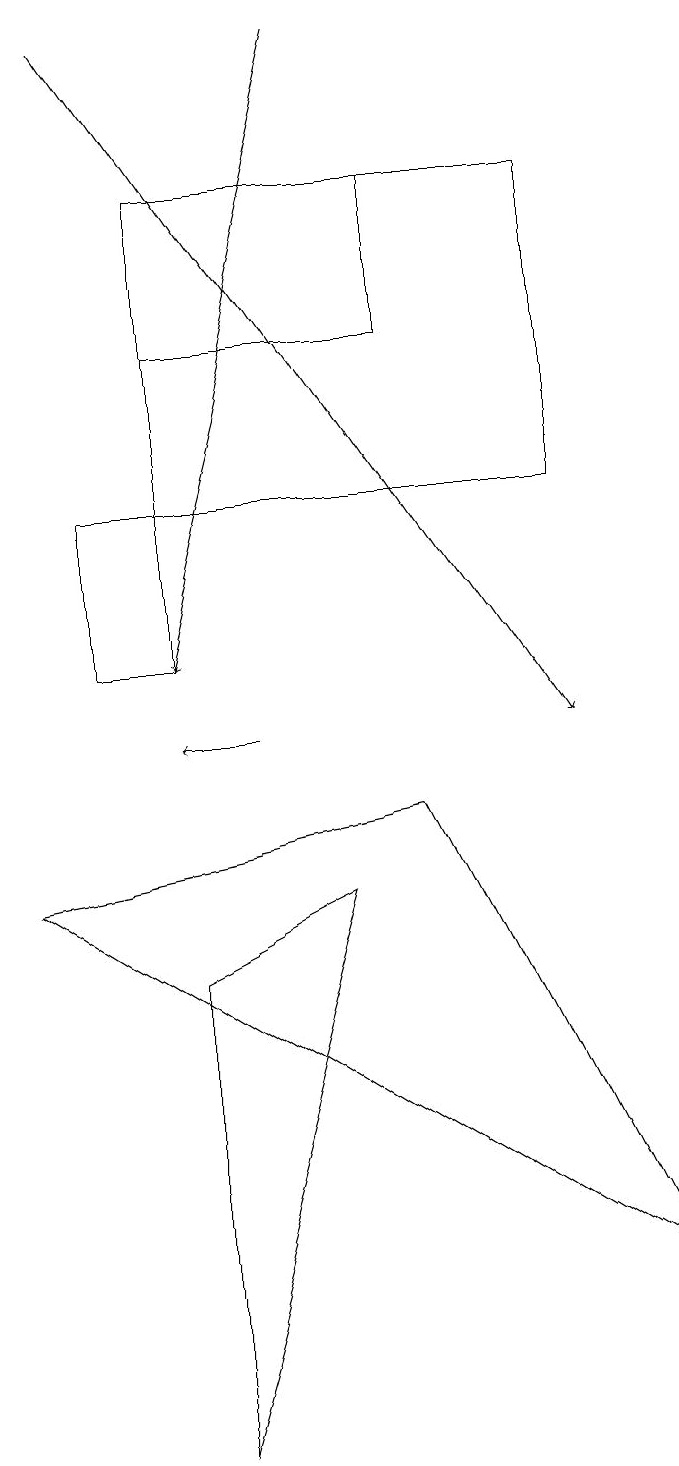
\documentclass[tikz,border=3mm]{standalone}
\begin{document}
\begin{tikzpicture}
\draw (0,8) -- (5,9) -- (8,3) -- cycle;
\draw (2,17) rectangle (7,13);
\draw[->] (3,10) -- (2,10);
\draw[->] (1,19) -- (7,10);
\draw[->] (4,19) -- (2,11);
\draw (2,17) rectangle (5,15);
\draw (2,13) rectangle (1,11);
\draw (4,8) -- (2,7) -- (2,1) -- cycle;
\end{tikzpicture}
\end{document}